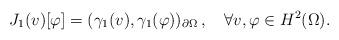
LaTeX: \begin{align*}J_1(v)[\varphi]=(\gamma_1(v),\gamma_1(\varphi))_{\partial\Omega}\,,\ \ \ \forall v,\varphi\in H^2(\Omega).\end{align*}